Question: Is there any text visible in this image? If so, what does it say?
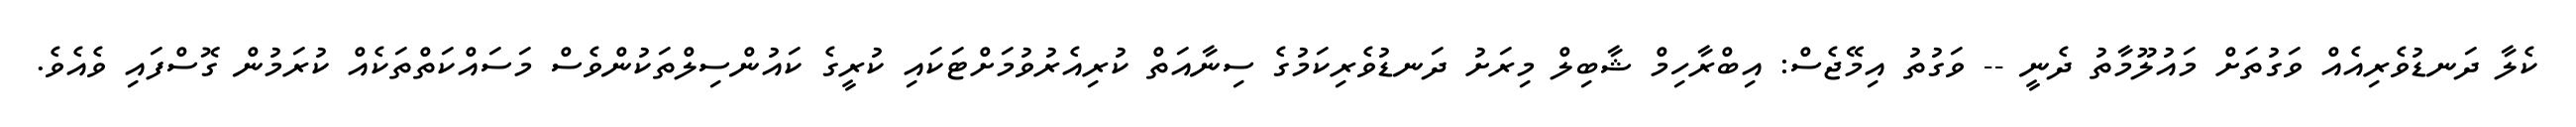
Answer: ކެލާ ދަނޑުވެރިއެއް ވަގުތަށް މައުލޫމާތު ދެނީ -- ވަގުތު އިމޭޖެސް: އިބްރާހިމް ޝާބިލް މިރަށު ދަނޑުވެރިކަމުގެ ސިނާއަތް ކުރިއެރުވުމަށްޓަކައި ކުރީގެ ކައުންސިލްތަކުންވެސް މަސައްކަތްތަކެއް ކުރަމުން ގޮސްފައި ވެއެވެ.